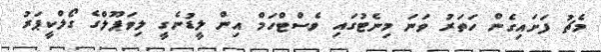
މެޗު ފަށައިގެން ހަތަރު ވަނަ މިނެޓުގައި ވެސްޓްހަމް އިން ލީޑުނެގީ ލިވަޕޫލްގެ ގޯލްކީޕަރު